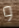
و